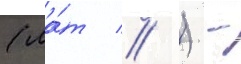
(ла́т // ) -